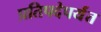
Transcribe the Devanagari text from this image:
प्रतिपदेपर्यंत